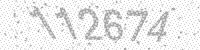
Solution: 112674